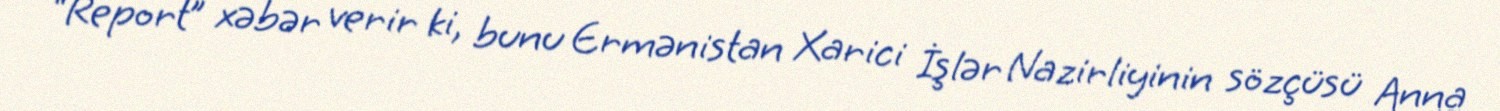
“Report” xəbər verir ki, bunu Ermənistan Xarici İşlər Nazirliyinin sözçüsü Anna